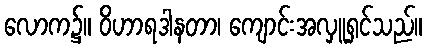
လောက၌။ ဝိဟာရဒါနတာ၊ ကျောင်းအလှူရှင်သည်။